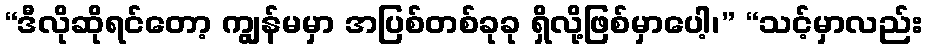
“ဒီလိုဆိုရင်တော့ ကျွန်မမှာ အပြစ်တစ်ခုခု ရှိလို့ဖြစ်မှာပေါ့၊” “သင့်မှာလည်း